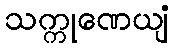
သက္ကုဏေယျံ